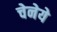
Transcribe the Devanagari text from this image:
चेनेये